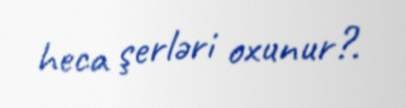
heca şerləri oxunur?.